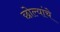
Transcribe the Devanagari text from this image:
छोल्यांचे